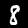
Digit: 8